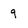
Character: g